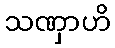
သဏှာဟိ